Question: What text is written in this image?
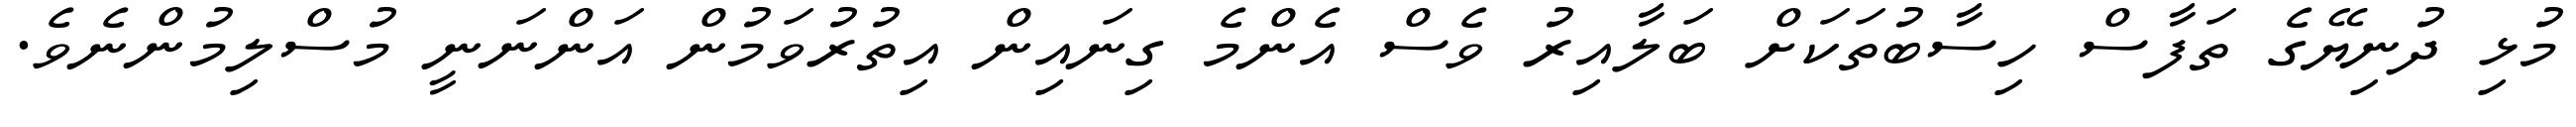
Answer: މުޅި ދުނިޔޭގެ ތަފާސް ހިސާބުތަކަށް ބަލާއިރު ވެސް އެންމެ ގިނައިން އިތުރުވަމުން އަންނަނީ މުސްލިމުންނެވެ.